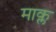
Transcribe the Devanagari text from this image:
माक्ल